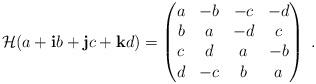
LaTeX: \begin{align*}\mathcal{H}(a+\mathbf{i}b+\mathbf{j}c+\mathbf{k}d)=\begin{pmatrix}a & -b & -c & -d\\b & a & -d & c\\c & d & a & -b\\d & -c & b & a\end{pmatrix}\;.\end{align*}